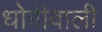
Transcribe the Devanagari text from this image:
धोबीवाली